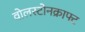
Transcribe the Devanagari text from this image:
वोलस्टोनक्राफ्ट